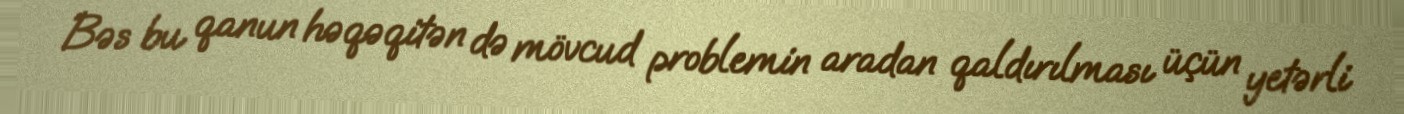
Bəs bu qanun həqəqitən də mövcud problemin aradan qaldırılması üçün yetərli